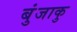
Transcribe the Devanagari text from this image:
बुंजाकु